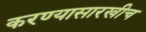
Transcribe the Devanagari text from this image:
करण्यासारखीच